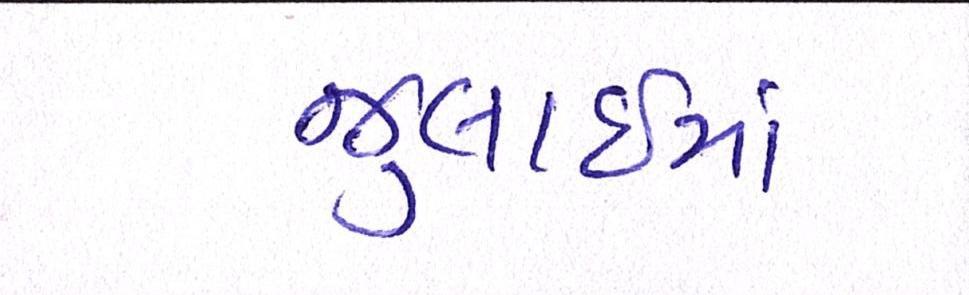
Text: જુલાઇમાં